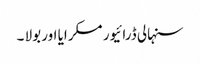
سنہالی ڈرائیور مسکرایا اور بولا ۔